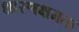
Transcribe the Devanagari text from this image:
धारणक्षमता